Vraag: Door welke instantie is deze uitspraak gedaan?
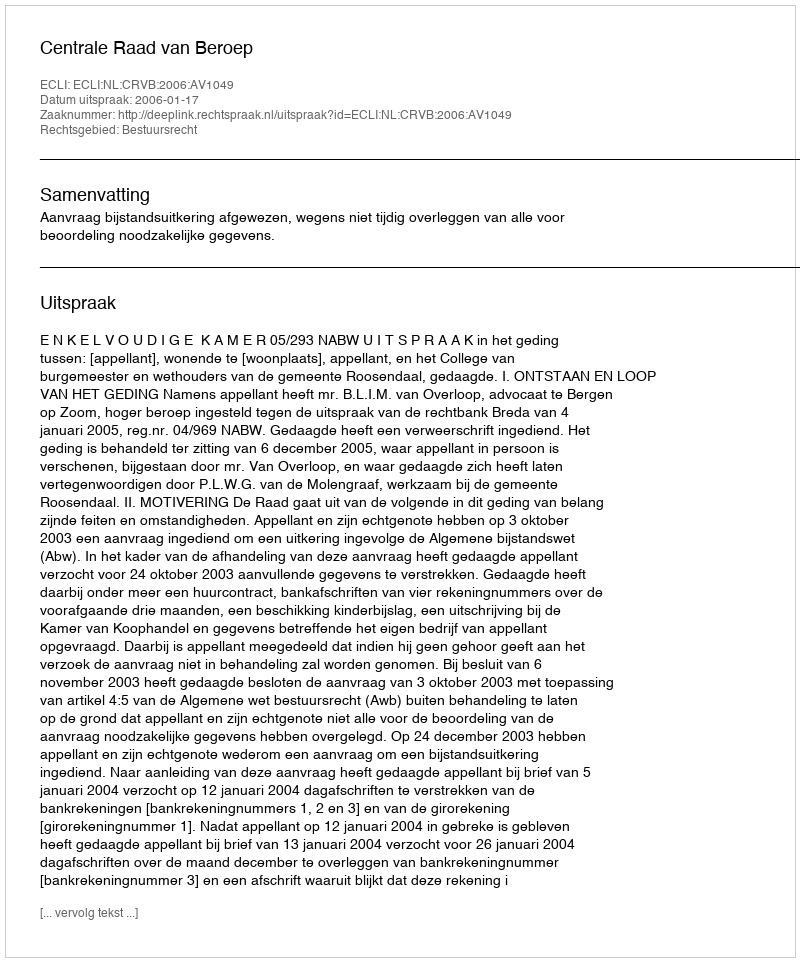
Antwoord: Centrale Raad van Beroep